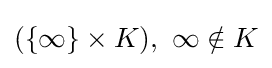
(\{\infty \}\times K),\ \infty \notin K